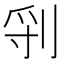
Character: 𠜖